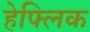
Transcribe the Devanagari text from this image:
हेफ्लिक